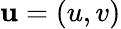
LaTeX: \textbf{u}=(u,v)